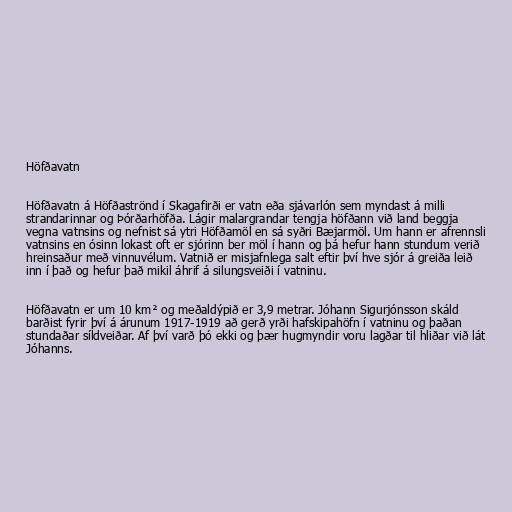
Höfðavatn

Höfðavatn á Höfðaströnd í Skagafirði er vatn eða sjávarlón sem myndast á milli
strandarinnar og Þórðarhöfða. Lágir malargrandar tengja höfðann við land beggja
vegna vatnsins og nefnist sá ytri Höfðamöl en sá syðri Bæjarmöl. Um hann er afrennsli
vatnsins en ósinn lokast oft er sjórinn ber möl í hann og þá hefur hann stundum verið
hreinsaður með vinnuvélum. Vatnið er misjafnlega salt eftir því hve sjór á greiða leið
inn í það og hefur það mikil áhrif á silungsveiði í vatninu.

Höfðavatn er um 10 km² og meðaldýpið er 3,9 metrar. Jóhann Sigurjónsson skáld
barðist fyrir því á árunum 1917-1919 að gerð yrði hafskipahöfn í vatninu og þaðan
stundaðar síldveiðar. Af því varð þó ekki og þær hugmyndir voru lagðar til hliðar við lát
Jóhanns.